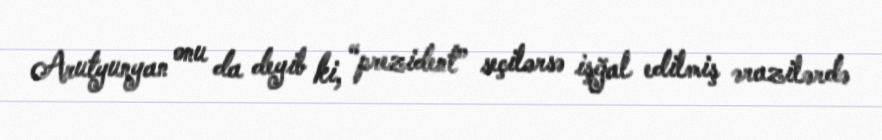
Arutyunyan onu da deyib ki, “prezident” seçilərsə işğal edilmiş ərazilərdə